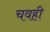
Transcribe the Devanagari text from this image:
चवही